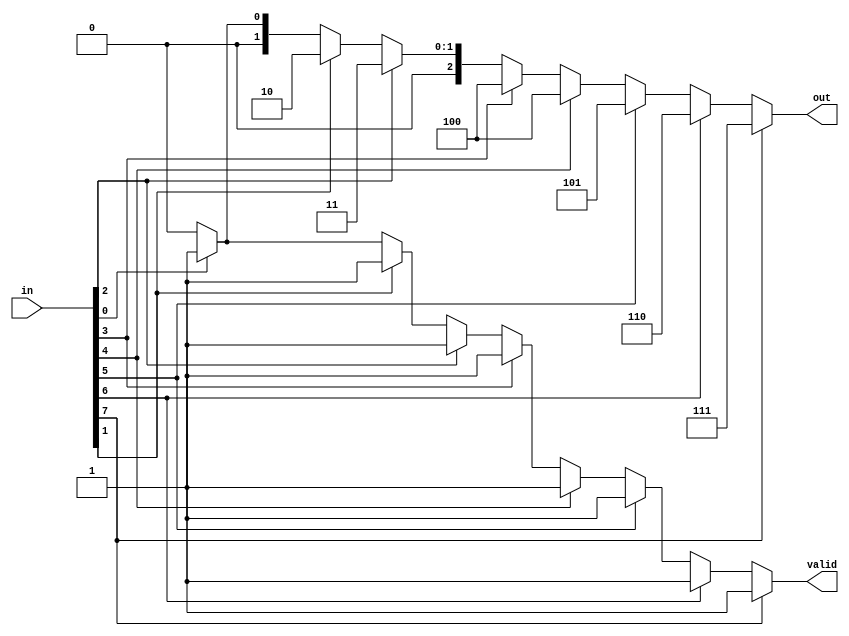
module PENC1(in, out, valid);
    input [7:0]in;
    output reg [2:0]out;
    output reg valid;
    always @ (in) begin
        valid = 1'b1;
        if (in[7] == 1) begin
            out = 3'b111;
        end
        else if (in[6] == 1) begin
           out = 3'b110; 
        end
        else if (in[5] == 1) begin
           out = 3'b101; 
        end
        else if (in[4] == 1) begin
           out = 3'b100; 
        end
        else if (in[3] == 1) begin
           out = 3'b100; 
        end
        else if (in[2] == 1) begin
           out = 3'b011; 
        end
        else if (in[1] == 1) begin
           out = 3'b010; 
        end
        else if (in[0] == 1) begin
           out = 3'b001; 
        end
        else begin
            out = 3'b000;
            valid = 1'b0;
        end
    end
endmodule

module PENC1_TB();
    reg [7:0]in;
    wire [2:0]out; 
    wire valid;
    PENC1 test_module(.in(in), .out(out), .valid(valid));
	initial	 
		begin
            $monitor($time, " in=%b, out=%b, valid=%b", in, out, valid);		
			$dumpfile("test.vcd");
            $dumpvars(0, PENC1_TB);
			#1 in=8'b00000000;
            #1 in=8'b00000001;
            #1 in=8'b00000010;
            #1 in=8'b00000100;
            #1 in=8'b00001000;
            #1 in=8'b00001010;
            #1 in=8'b00010000;
            #1 in=8'b00100000;
            #1 in=8'b01000000;
            #1 in=8'b01001110;
            #1 in=8'b10000000;
            #1 in=8'b11111111;
		end
endmodule